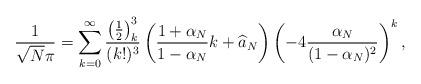
LaTeX: \begin{align*}\frac{1}{\sqrt{N}\pi}=\sum_{k=0}^\infty\frac{\left(\frac{1}{2}\right)_k^3}{(k!)^3}\left(\frac{1+\alpha_N}{1-\alpha_N}k+\widehat{a}_N\right)\left(-4\frac{\alpha_N}{(1-\alpha_N)^2}\right)^k,\end{align*}